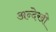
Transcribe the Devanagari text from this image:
अन्देखी